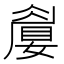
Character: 𡡚